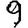
Digit: 9